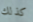
كذلك